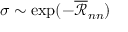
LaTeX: \sigma \sim \exp ( - { \overline { { \mathcal { R } } } } _ { n n } )